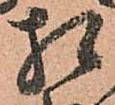
相